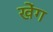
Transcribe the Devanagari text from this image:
खेंग